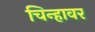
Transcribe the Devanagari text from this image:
चिन्हावर